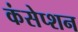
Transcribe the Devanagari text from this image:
कंसेप्शन